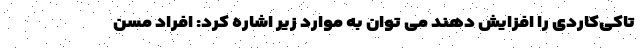
تاکی‌کاردی را افزایش دهند می توان به موارد زیر اشاره کرد: افراد مسن